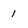
Character: 1